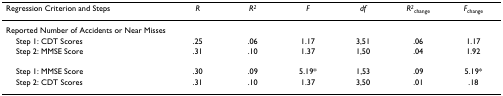
<table><thead><tr><td><b>Regression Criterion and Steps</b></td><td><b><i>R</i></b></td><td><b><i>R<sup>2</sup></i></b></td><td><b><i>F</i></b></td><td><b><i>df</i></b></td><td><b><i>R<sup>2</sup></i><sub>change</sub></b></td><td><b><i>F</i><sub>change</sub></b></td></tr></thead><tbody><tr><td>Reported Number of Accidents or Near Misses</td><td></td><td></td><td></td><td></td><td></td><td></td></tr><tr><td> Step 1: CDT Scores</td><td>.25</td><td>.06</td><td>1.17</td><td>3,51</td><td>.06</td><td>1.17</td></tr><tr><td> Step 2: MMSE Score</td><td>.31</td><td>.10</td><td>1.37</td><td>1,50</td><td>.04</td><td>1.92</td></tr><tr><td colspan="7"> </td></tr><tr><td> Step 1: MMSE Score</td><td>.30</td><td>.09</td><td>5.19*</td><td>1,53</td><td>.09</td><td>5.19*</td></tr><tr><td> Step 2: CDT Scores</td><td>.31</td><td>.10</td><td>1.37</td><td>3,50</td><td>.01</td><td>.18</td></tr></tbody></table>